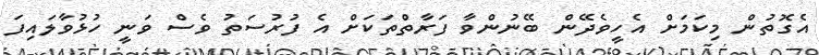
އެގޮތުން މިކަމަށް އެހީވެދޭން ބޭނުންވާ ފަރާތްތަކަށް އެ ފުރުސަތު ވެސް ވަނީ ހުޅުވާލައިފަ